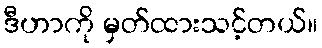
ဒီဟာကို မှတ်ထားသင့်တယ်။